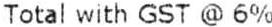
TOTAL WITH GST @ 6%